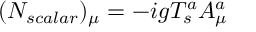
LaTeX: ( N _ { s c a l a r } ) _ { \mu } = - i g T _ { s } ^ { a } A _ { \mu } ^ { a }